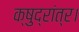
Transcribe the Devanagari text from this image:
क्षुद्रांत्र।